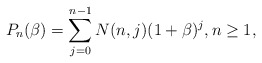
\begin{align*} P_n(\beta)=\sum_{j=0}^{n-1} N(n,j) (1+\beta)^{j},n \ge 1,\end{align*}